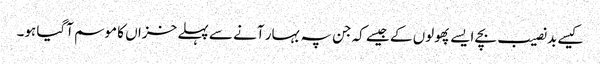
کیسے بد نصیب بچے ایسے پھولوں کے جیسے کہ جن پہ بہار آنے سے پہلے خزاں کا موسم آگیا ہو۔